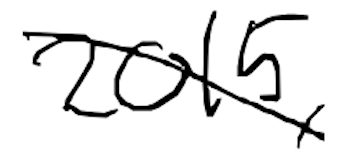
Text: 2015,
Cross-out: mix
Writing tool: digital_black